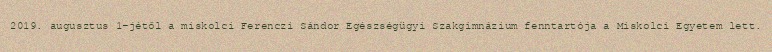
2019. augusztus 1-jétől a miskolci Ferenczi Sándor Egészségügyi Szakgimnázium fenntartója a Miskolci Egyetem lett.